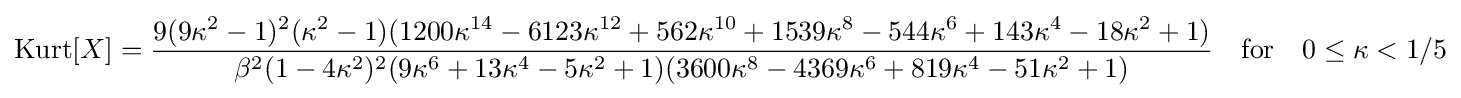
\operatorname {Kurt} [X]={\frac {9(9\kappa ^{2}-1)^{2}(\kappa ^{2}-1)(1200\kappa ^{14}-6123\kappa ^{12}+562\kappa ^{10}+1539\kappa ^{8}-544\kappa ^{6}+143\kappa ^{4}-18\kappa ^{2}+1)}{\beta ^{2}(1-4\kappa ^{2})^{2}(9\kappa ^{6}+13\kappa ^{4}-5\kappa ^{2}+1)(3600\kappa ^{8}-4369\kappa ^{6}+819\kappa ^{4}-51\kappa ^{2}+1)}}\quad {\text{for}}\quad 0\leq \kappa <1/5